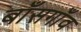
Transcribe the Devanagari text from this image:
बाँसगाँव